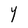
Character: Y